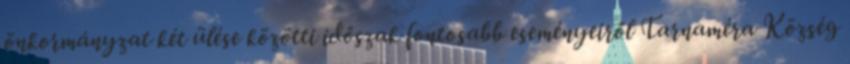
önkormányzat két ülése közötti időszak fontosabb eseményeiről Tarnaméra Község